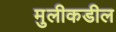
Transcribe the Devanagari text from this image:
मुलीकडील